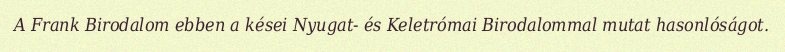
A Frank Birodalom ebben a kései Nyugat- és Keletrómai Birodalommal mutat hasonlóságot.